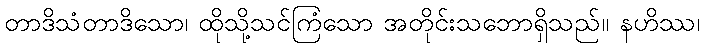
တာဒိသံတာဒိသော၊ ထိုသို့သင်ကြံသော အတိုင်းသဘောရှိသည်။ နဟိဿ၊